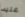
عليه